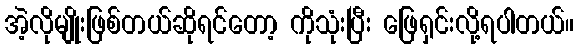
အဲ့လိုမျိုးဖြစ်တယ်ဆိုရင်တော့ ကိုသုံးပြီး ဖြေရှင်းလို့ရပါတယ်။